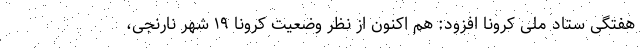
هفتگی ستاد ملی کرونا افزود: هم اکنون از نظر وضعیت کرونا ۱۹ شهر نارنجی،